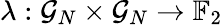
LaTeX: \lambda:\mathcal{G}_{N}\times\mathcal{G}_{N}\to\mathbb{F}_{2}